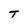
Character: T